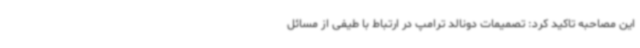
این مصاحبه تاکید کرد: تصمیمات دونالد ترامپ در ارتباط با طیفی از مسائل